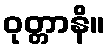
ဝုတ္တာနိ။